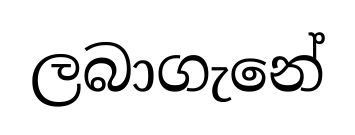
ලබාගැනේ